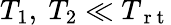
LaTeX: T_{1},\ T_{2}\ll T_{\mathrm{~r~t~}}